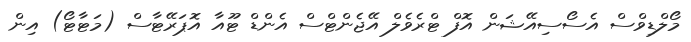
މޯލްޑިވްސް އެސޯސިއޭޝަން އޮފް ޓްރެވެލް އޭޖެންޓްސް އެންޑް ޓޫއާ އޮޕަރޭޓާސް (މަޓާޓޯ) އިން